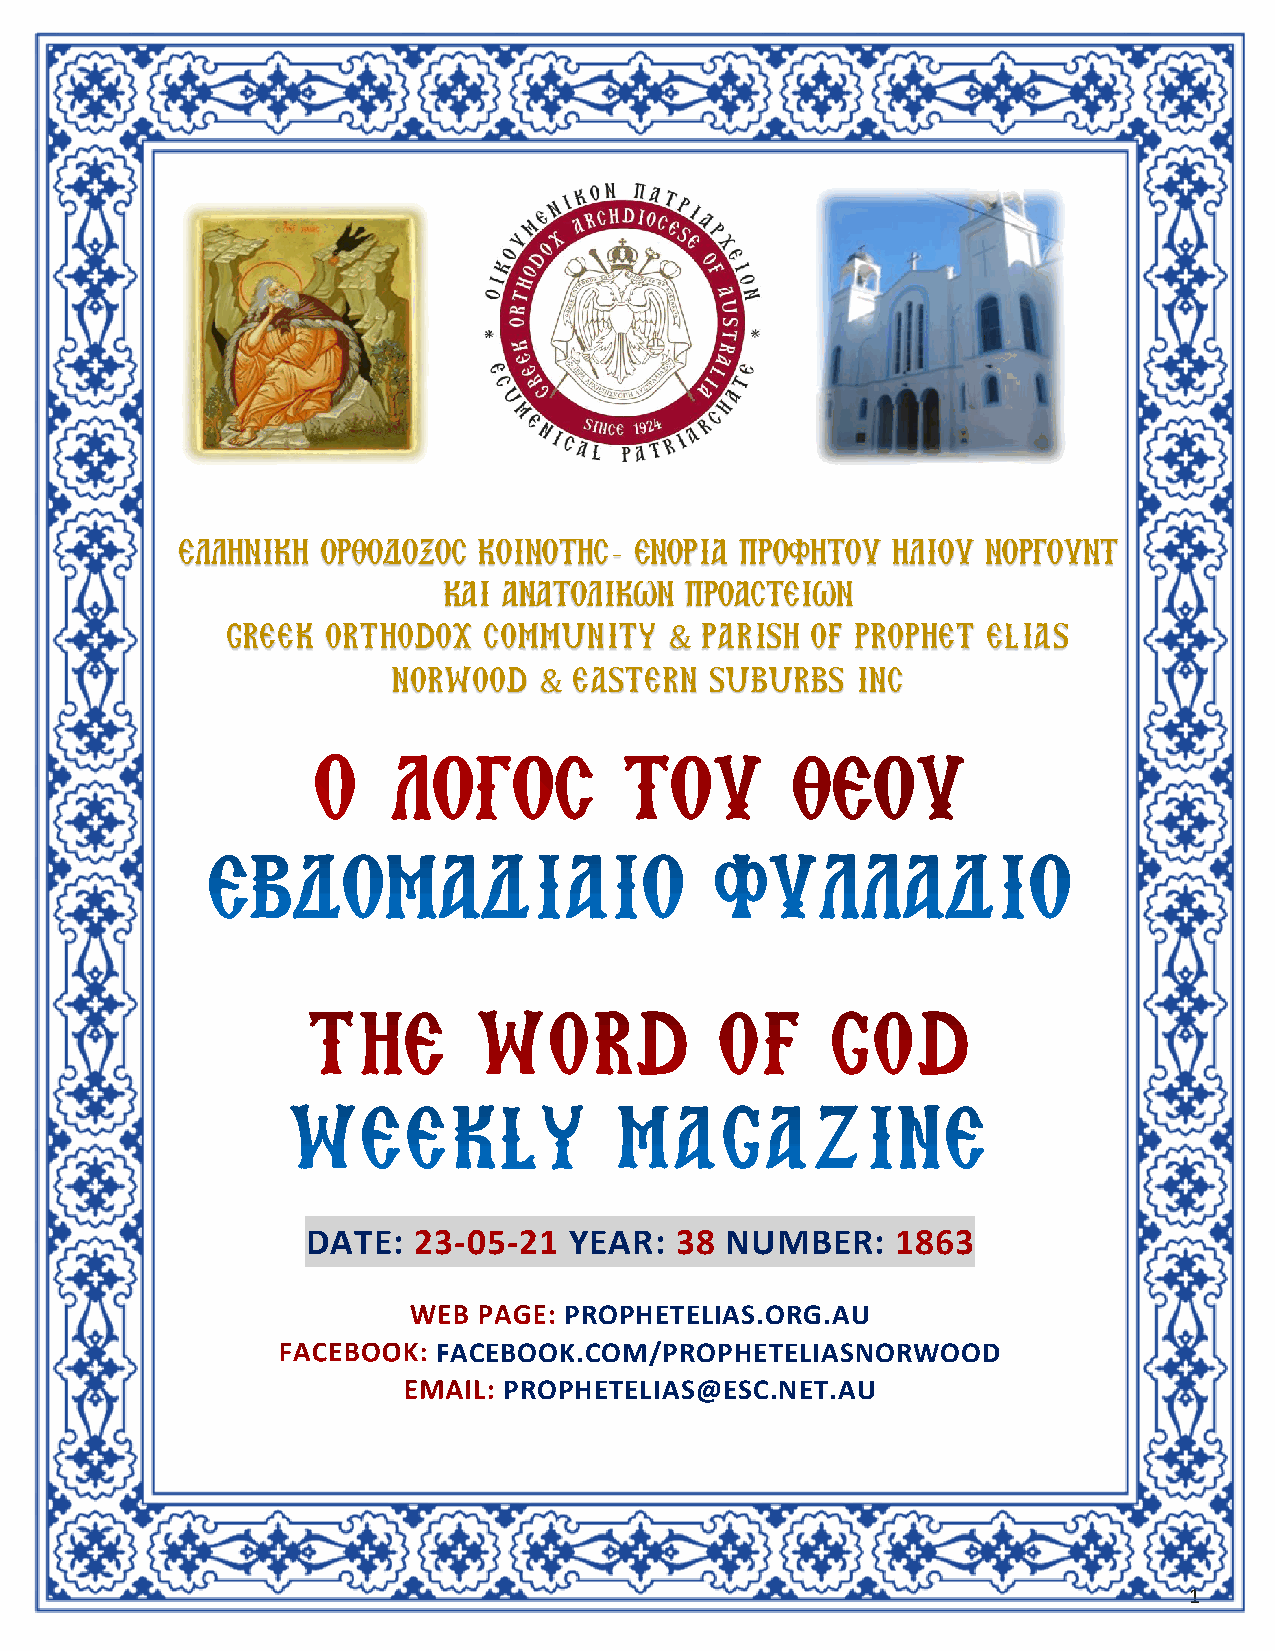
ΕΛΛΗΝΙΚΗ ΟΡΘΟΔΟΞΟΣ  ΚΟΙΝΟΤΗΣ- ΕΝΟΡΙΑ ΠΡΟΦΗΤΟΥ  ΗΛΙΟΥ ΝΟΡΓΟΥΝΤ
 ΚΑΙ ΑΝΑΤΟΛΙΚΩΝ  ΠΡΟΑΣΤΕΙΩΝ
 GREEK  ORTHODOX  COMMUNITY   & PARISH  OF PROPHET ELIAS
 NORWOOD   & EASTERN  SUBURBS   INC
 DATE:  23-05-21   YEAR:  38 NUMBER:    1863
 PROPHETELIAS.ORG.AU
 FACEBOOK.COM/PROPHETELIASNORWOOD
 PROPHETELIAS@ESC.NET.AU
 1